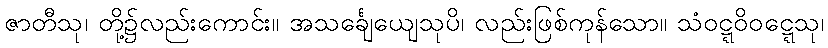
ဇာတီသု၊ တို့၌လည်းကောင်း။ အသင်္ချေယျေသုပိ၊ လည်းဖြစ်ကုန်သော။ သံဝဋ္ဋဝိဝဋ္ဋေသု၊